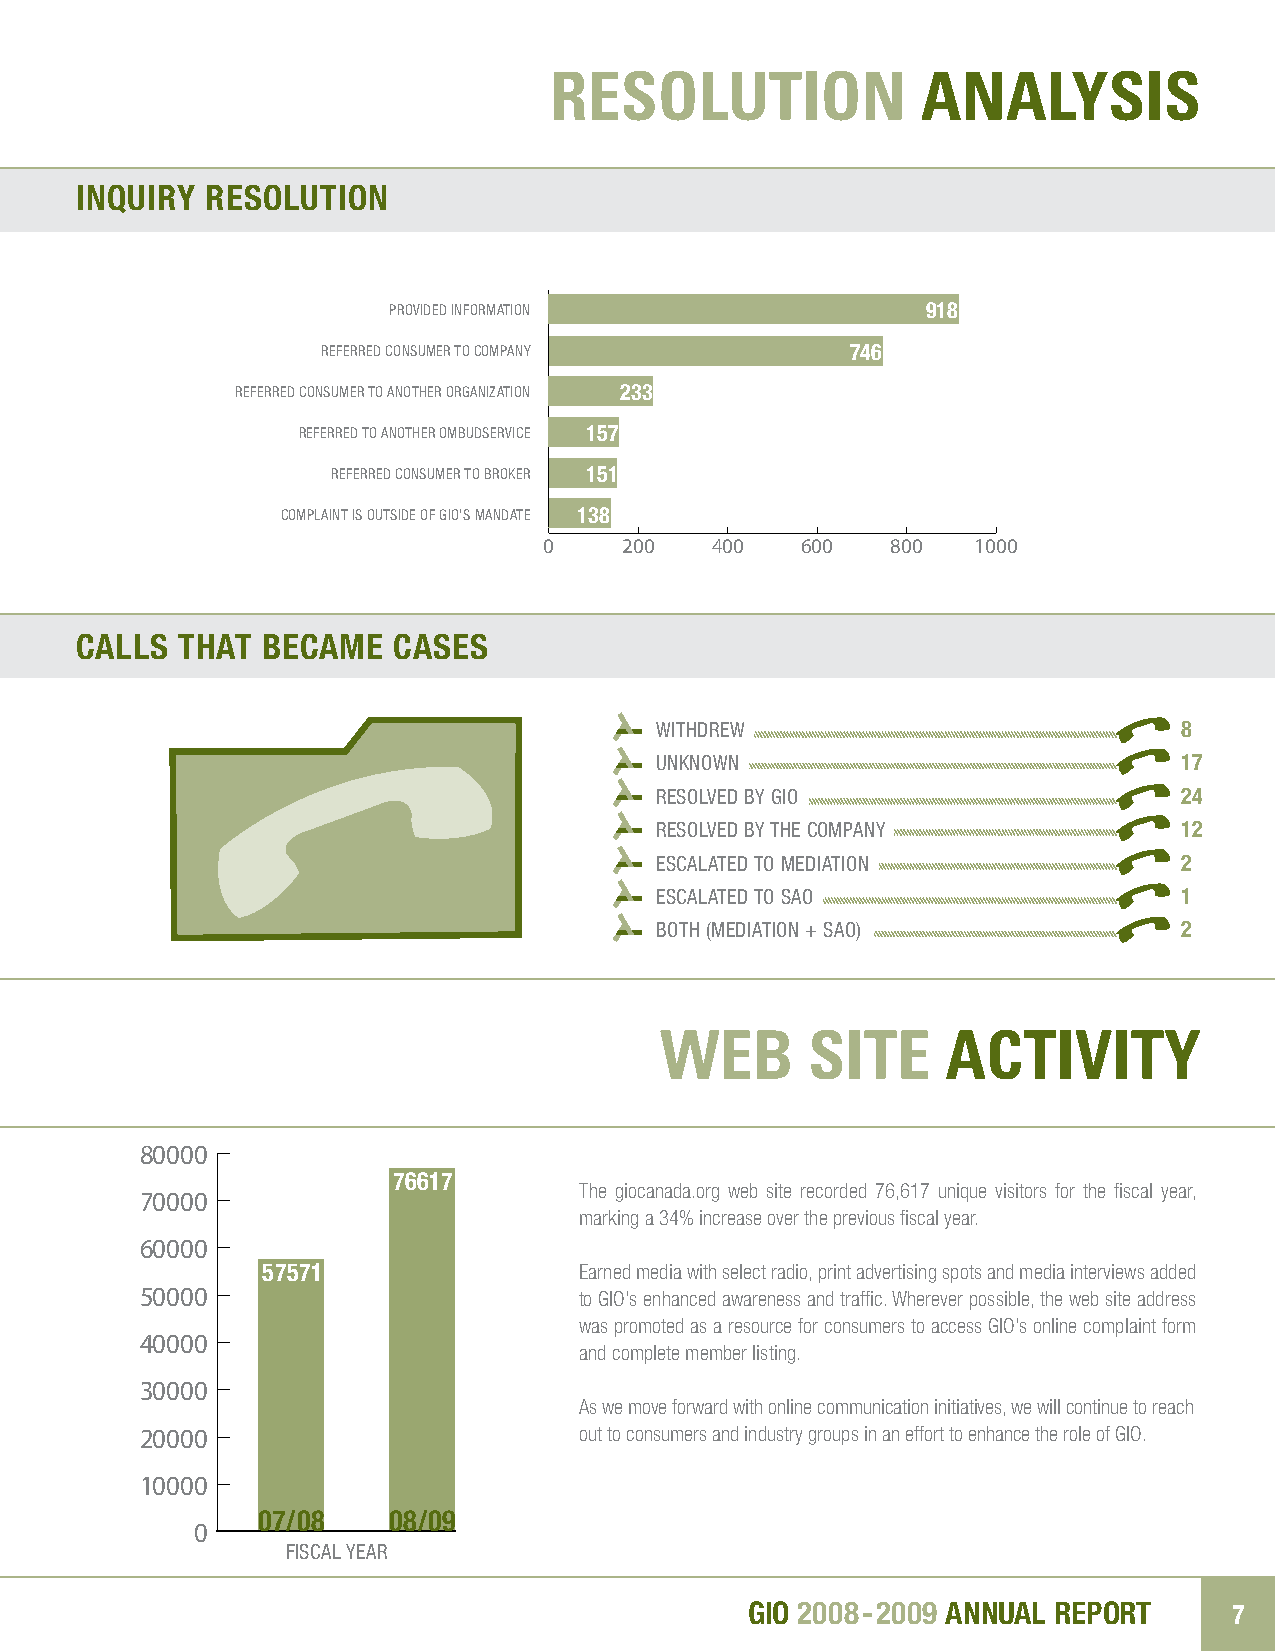
rESOluTION               aNalySIS
 InquIry  resolutIon
 Referred Consumer to Company
 Referred CoPnrosuvpimrdoeveiddr e tIdon i nfCofoorrmmmaapTtiaoionnny 918
 Referred Consumerr etofe rAPrnerdoo vctoihdneserud mO eIrrng Tfoao nrcmoizmaapttaiinooynn 746
 Referred Creofenrsruedm coenrs tuom eAr nTooR atnehofeeTrhr erOre rodgr agtoann iBizzraaoTtioikone nr 233
 Referredre tfoer Arend oTot haRneeorfT eOhermrre obdmu btudodS sBeerrrovvikcicee er 157
 ComRepflearinretd is t Oo ruAetfnseoridrteehd e ocrof nOGsmuIOmbe'sru MTdoS abenrordvKaeicrtee 151
 Complaincotm ispl OainuTt issi doueT soidfe BG oeIfOc ga'iosm’ sM ema aann CddaaaTsetee 138
 0    200   400   600   800   1000
 Became a Case 66
 0    200   400   600   800   1000
 calls  that became   cases
 wiThdrew                           8
 unKnown                            17
 resolved by gio                    24
 resolved by The company            12
 escalaTed To mediaTion             2
 escalaTed To sao                   1
 boTh (mediaTion + sao)             2
 WEB       SITE     aCTIvITy
 80000
 76617
 The giocanada.org web site recorded 76,617 unique visitors for the fiscal year,
 70000
 marking a 34% increase over the previous fiscal year.
 60000
 57571                Earned media with select radio, print advertising spots and media interviews added
 50000                        to GIO’s enhanced awareness and traffic. Wherever possible, the web site address
 was promoted as a resource for consumers to access GIO’s online complaint form
 40000
 and complete member listing.
 30000
 As we move forward with online communication initiatives, we will continue to reach
 20000                        out to consumers and industry groups in an effort to enhance the role of GIO.
 10000
 07/08    08/09
 0
 07/0f8is FcaYl year         08/09 FY
 GIo 2008 -2009 annual rePort    7